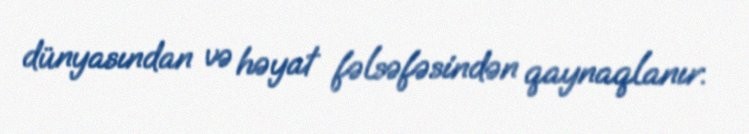
dünyasından və həyat fəlsəfəsindən qaynaqlanır.